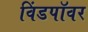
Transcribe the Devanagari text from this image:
विंडपॉवर